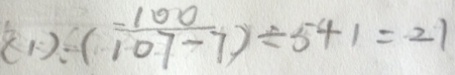
( 1 ) ( \frac { 1 0 0 } { 1 0 7 - 7 } ) \div 5 + 1 = 2 1